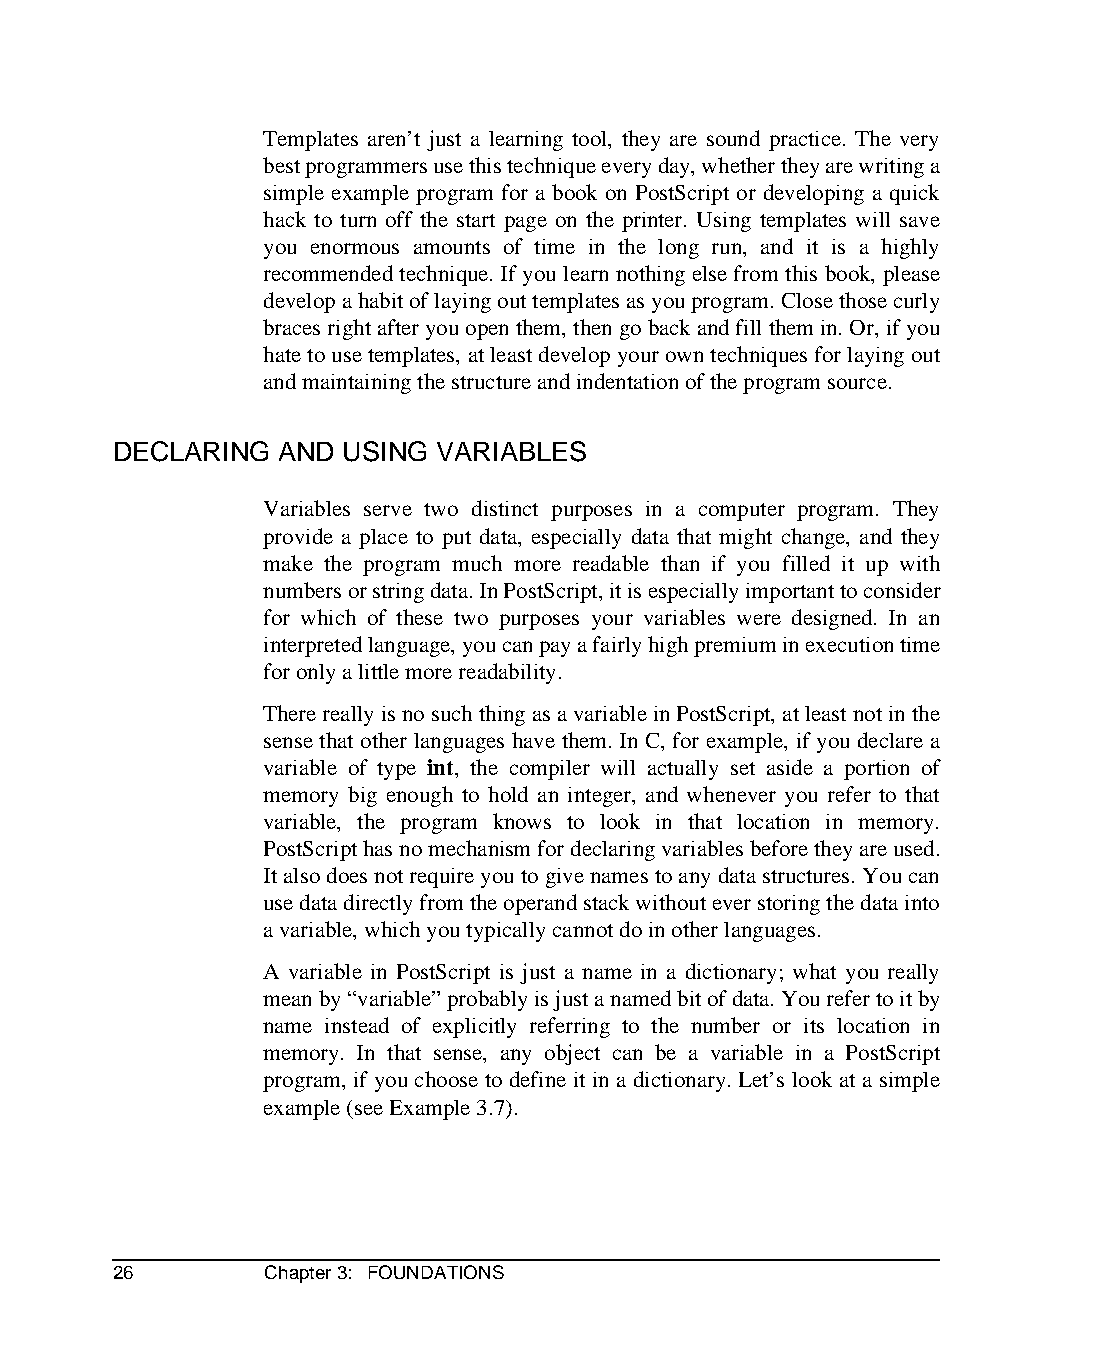
Templates aren’t just a learning tool, they are sound practice. The very
 best programmers use this technique every day, whether they are writing a
 simple example program for a book on PostScript or developing a quick
 hack to turn off the start page on the printer. Using templates will save
 you enormous amounts of time in the long run, and it is a highly
 recommended technique. If you learn nothing else from this book, please
 develop a habit of laying out templates as you program. Close those curly
 braces right after you open them, then go back and fill them in. Or, if you
 hate to use templates, at least develop your own techniques for laying out
 and maintaining the structure and indentation of the program source.
 DECLARING  AND USING  VARIABLES
 Variables serve two distinct purposes in a computer program. They
 provide a place to put data, especially data that might change, and they
 make the program much more readable than if you filled it up with
 numbers or string data. In PostScript, it is especially important to consider
 for which of these two purposes your variables were designed. In an
 interpreted language, you can pay a fairly high premium in execution time
 for only a little more readability.
 There really is no such thing as a variable in PostScript, at least not in the
 sense that other languages have them. In C, for example, if you declare a
 variable of type int, the compiler will actually set aside a portion of
 memory big enough to hold an integer, and whenever you refer to that
 variable, the program knows to look in that location in memory.
 PostScript has no mechanism for declaring variables before they are used.
 It also does not require you to give names to any data structures. You can
 use data directly from the operand stack without ever storing the data into
 a variable, which you typically cannot do in other languages.
 A variable in PostScript is just a name in a dictionary; what you really
 mean by “variable” probably is just a named bit of data. You refer to it by
 name instead of explicitly referring to the number or its location in
 memory. In that sense, any object can be a variable in a PostScript
 program, if you choose to define it in a dictionary. Let’s look at a simple
 example (see Example 3.7).
 26        Chapter 3: FOUNDATIONS